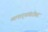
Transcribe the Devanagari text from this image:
व्यापार्‍यांबरोबर